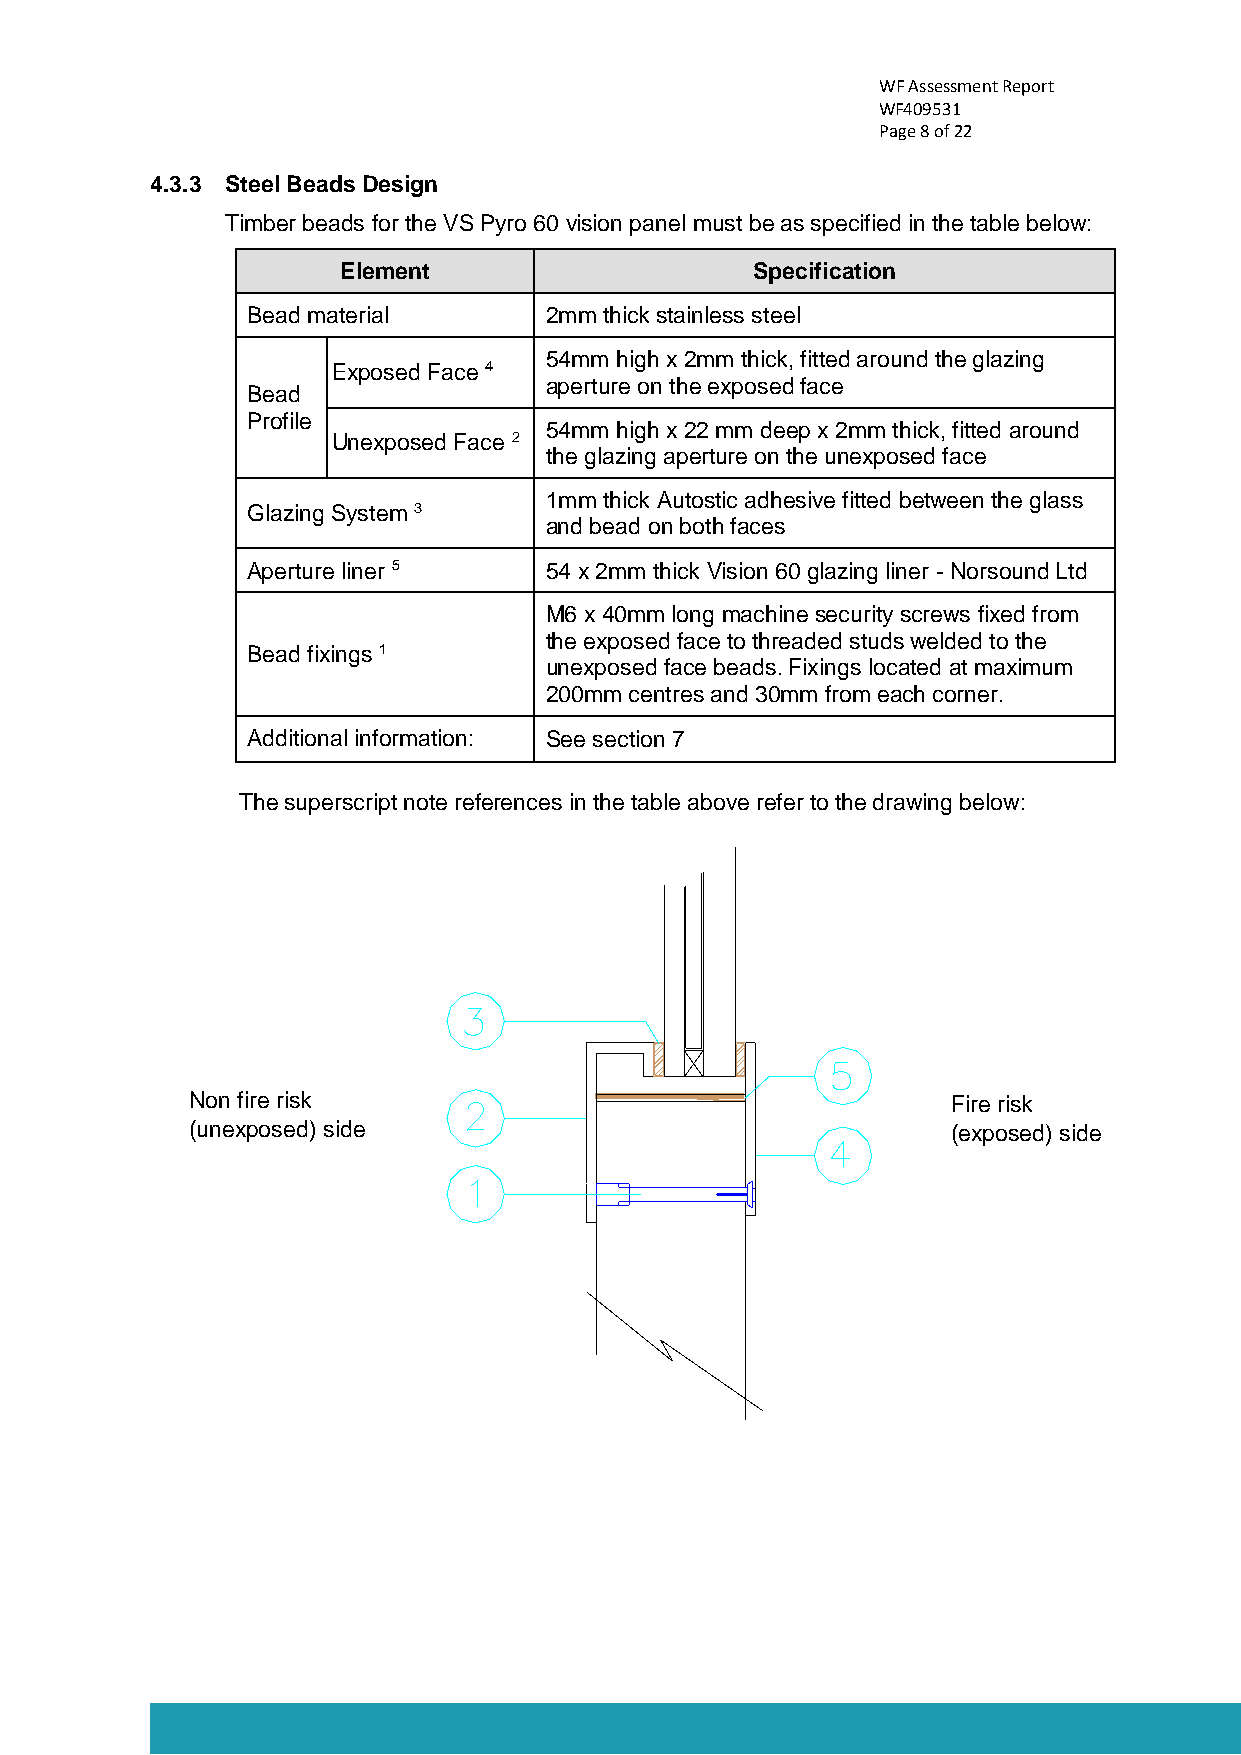
WF Assessment Report
 WF409531
 Page 8 of 22
 4.3.3 Steel Beads Design
 Timber beads for the VS Pyro 60 vision panel must be as specified in the table below:
 Element                    Specification
 Bead material       2mm thick stainless steel
 54mm high x 2mm thick, fitted around the glazing
 Exposed Face 4
 aperture on the exposed face
 Bead
 Profile
 54mm high x 22 mm deep x 2mm thick, fitted around
 Unexposed Face 2
 the glazing aperture on the unexposed face
 1mm thick Autostic adhesive fitted between the glass
 Glazing System 3
 and bead on both faces
 Aperture liner 5    54 x 2mm thick Vision 60 glazing liner - Norsound Ltd
 M6 x 40mm long machine security screws fixed from
 the exposed face to threaded studs welded to the
 Bead fixings 1
 unexposed face beads. Fixings located at maximum
 200mm centres and 30mm from each corner.
 Additional information: See section 7
 The superscript note references in the table above refer to the drawing below:
 Non fire risk                                     Fire risk
 (unexposed) side                                  (exposed) side